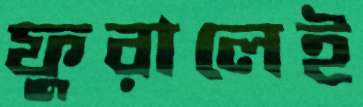
ফুরালেই